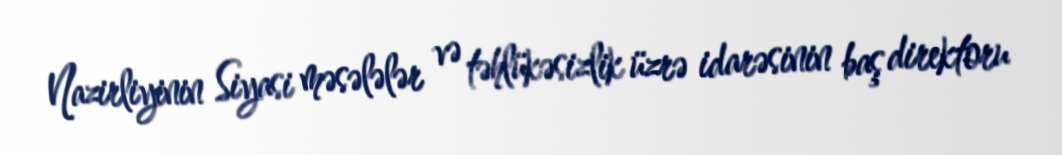
Nazirliyinin Siyasi məsələlər və təhlükəsizlik üzrə idarəsinin baş direktoru